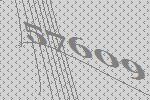
57609